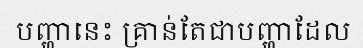
បញ្ហានេះ គ្រាន់តែជាបញ្ហាដែល